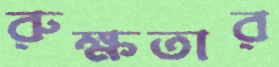
রুক্ষতার